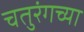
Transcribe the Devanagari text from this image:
चतुरंगच्या